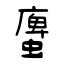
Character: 螷